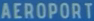
AEROPORT